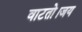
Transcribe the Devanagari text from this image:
वाटतो।जय